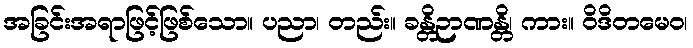
အခြင်းအရာဖြင့်ဖြစ်သော။ ပညာ၊ တည်း။ ခန္တိဉာဏန္တိ၊ ကား။ ဝိဒိတမေဝ၊